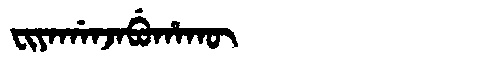
Manchu: ᠸᡳᠶᠠᡤᠠᠨᠵᠠᠪᡠᡥᠠᡴᡡ
Romanization: FIYAGANJABUHAKŪ